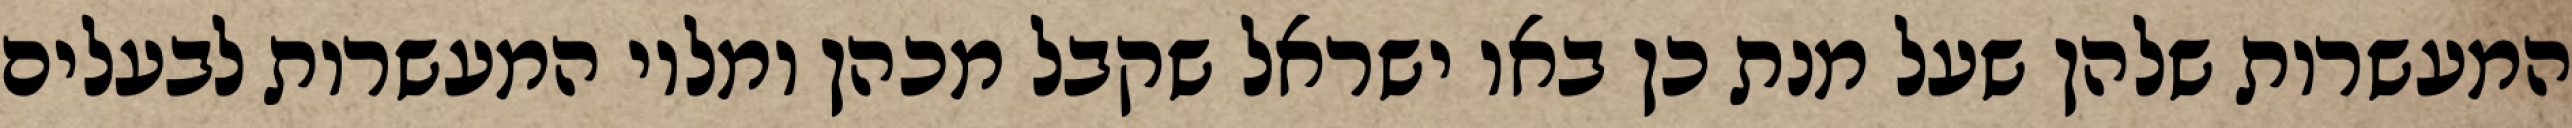
המעשרות שלהן שעל מנת כן באו ישראל שקבל מכהן ומלוי המעשרות לבעלים